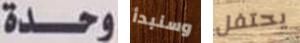
وحدة وسنبدأ يحتفل